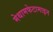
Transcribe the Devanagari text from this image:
मेथामफेटामाइन